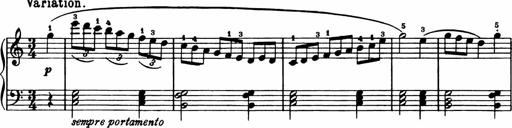
Title: Analytical Sonatinas
Composer: Frank Lynes